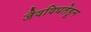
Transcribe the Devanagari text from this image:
जैवविधतेहून